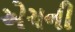
એચની